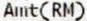
AMT(RM)